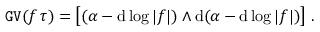
\mathtt { G V } ( f \, \tau ) = \big [ ( \alpha - \mathrm { d } \log | f | ) \wedge \mathrm { d } ( \alpha - \mathrm { d } \log | f | ) \big ] \ .